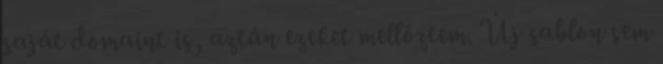
saját domaint is, aztán ezeket mellőztem. Új sablon sem